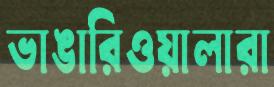
ভাঙারিওয়ালারা